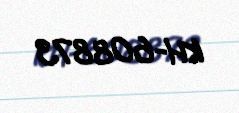
KH-608873